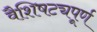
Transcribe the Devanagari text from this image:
वैशिषट्यपूर्ण